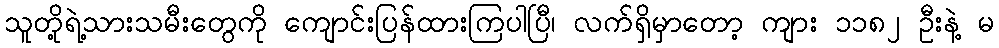
သူတို့ရဲ့သားသမီးတွေကို ကျောင်းပြန်ထားကြပါပြီ၊ လက်ရှိမှာတော့ ကျား ၁၁၈၂ ဦးနဲ့ မ